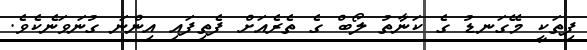
ފިތަކީ މޭގަނޑު ގެ ކަނާތު ލޯބް ގެ ތެރެއަށް ފެތިފައި އިންނަ ގުނަވަނެކެވެ.